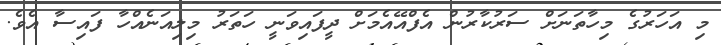
މި އަހަރުގެ މިހާތަނަށް ސަރުކާރުން އެފްއޭއެމަށް ދީފައިވަނީ ހަތަރު މިލިއަނެއްހާ ފައިސާ އެވެ.